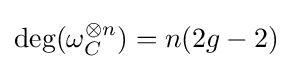
\deg(\omega _{C}^{\otimes n})=n(2g-2)